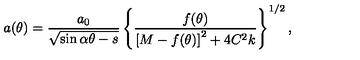
a ( \theta ) = \frac { a _ { 0 } } { \sqrt { \sin \alpha \theta - s } } \left\{ \frac { f ( \theta ) } { \left[ M - f ( \theta ) \right] ^ { 2 } + 4 C ^ { 2 } k } \right\} ^ { 1 / 2 } ,